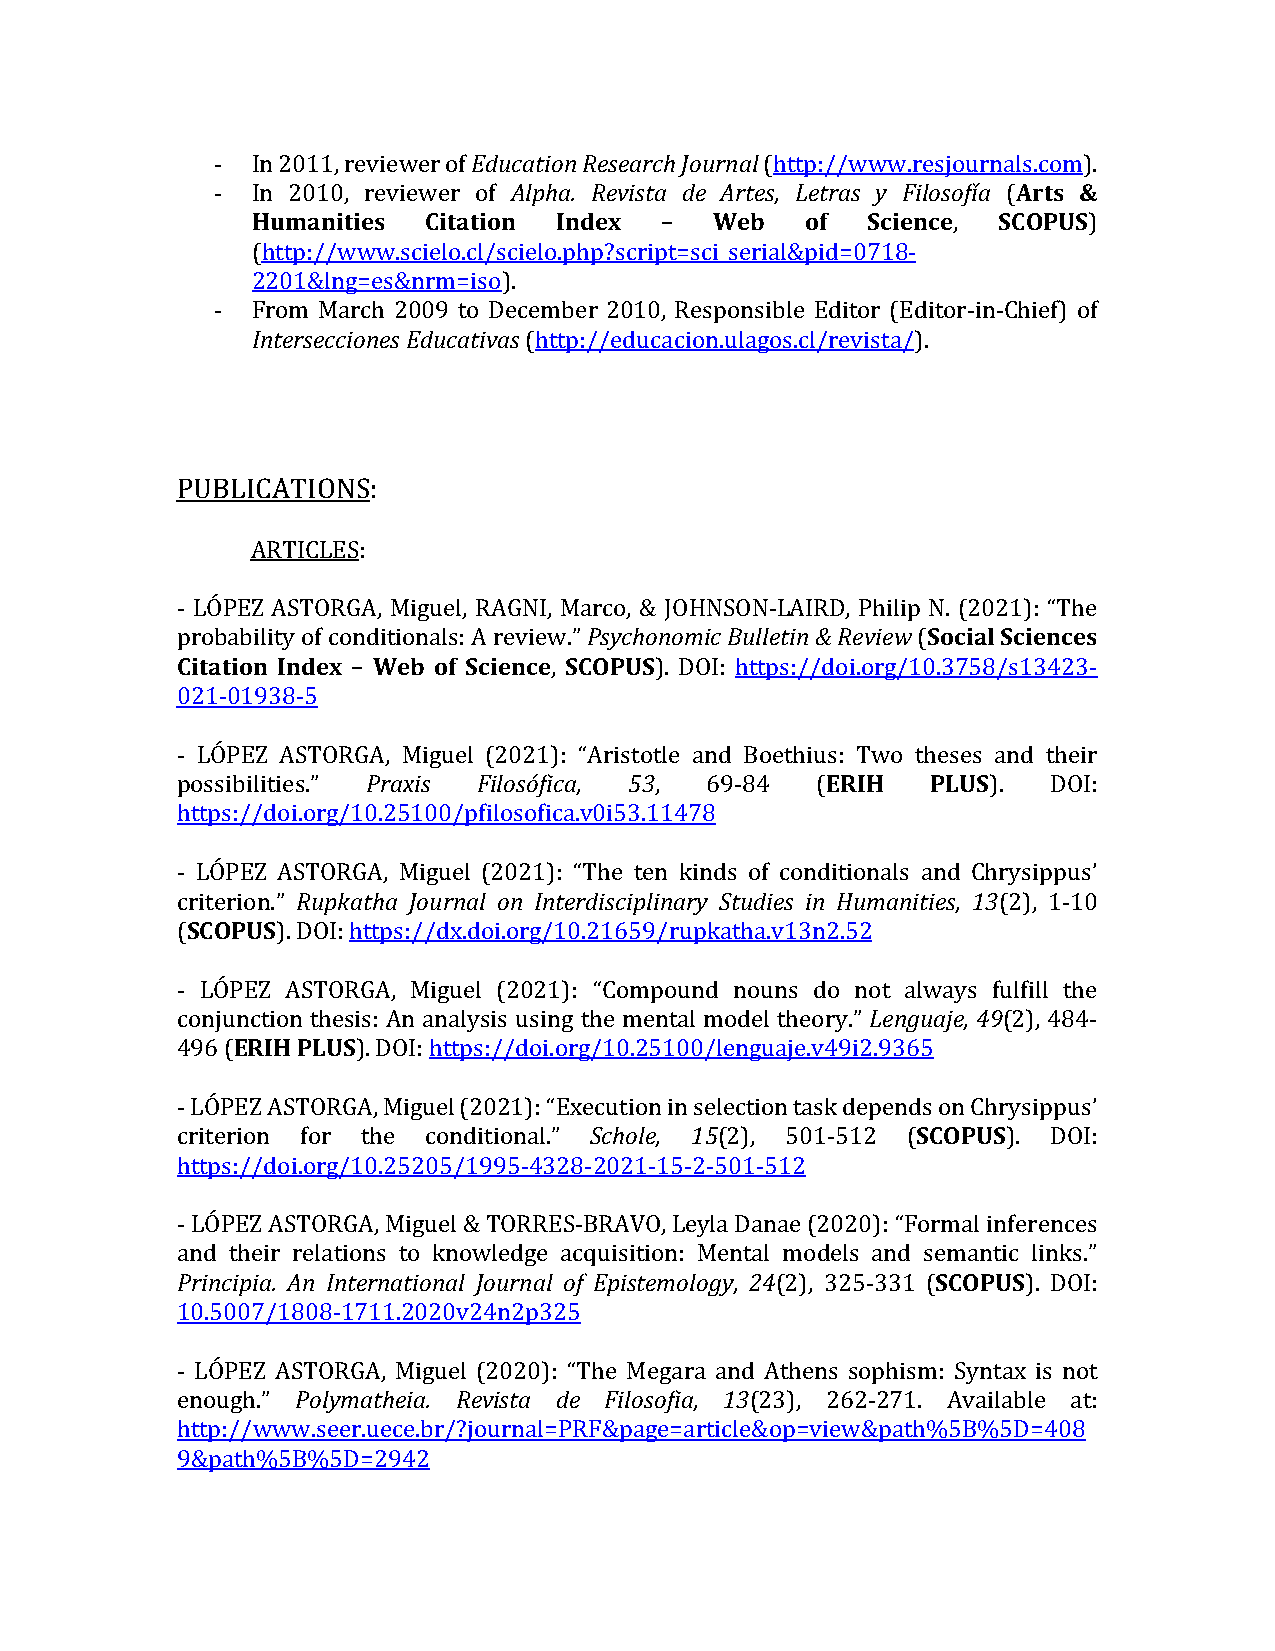
-  In 2011, reviewer of Education Research Journal (http://www.resjournals.com).
 -  In 2010, reviewer of Alpha. Revista de Artes, Letras y Filosofía (Arts &
 Humanities Citation Index  –  Web   of  Science, SCOPUS)
 (http://www.scielo.cl/scielo.php?script=sci_serial&pid=0718-
 2201&lng=es&nrm=iso).
 -  From March 2009 to December 2010, Responsible Editor (Editor-in-Chief) of
 Intersecciones Educativas (http://educacion.ulagos.cl/revista/).
 PUBLICATIONS:
 ARTICLES:
 - LÓPEZ ASTORGA, Miguel, RAGNI, Marco, & JOHNSON-LAIRD, Philip N. (2021): “The
 probability of conditionals: A review.” Psychonomic Bulletin & Review (Social Sciences
 Citation Index – Web of Science, SCOPUS). DOI: https://doi.org/10.3758/s13423-
 021-01938-5
 - LÓPEZ ASTORGA, Miguel (2021): “Aristotle and Boethius: Two theses and their
 possibilities.” Praxis Filosófica, 53, 69-84 (ERIH PLUS). DOI:
 https://doi.org/10.25100/pfilosofica.v0i53.11478
 - LÓPEZ ASTORGA, Miguel (2021): “The ten kinds of conditionals and Chrysippus’
 criterion.” Rupkatha Journal on Interdisciplinary Studies in Humanities, 13(2), 1-10
 (SCOPUS). DOI: https://dx.doi.org/10.21659/rupkatha.v13n2.52
 - LÓPEZ ASTORGA, Miguel (2021): “Compound nouns do not always fulfill the
 conjunction thesis: An analysis using the mental model theory.” Lenguaje, 49(2), 484-
 496 (ERIH PLUS). DOI: https://doi.org/10.25100/lenguaje.v49i2.9365
 - LÓPEZ ASTORGA, Miguel (2021): “Execution in selection task depends on Chrysippus’
 criterion for the conditional.” Schole, 15(2), 501-512 (SCOPUS). DOI:
 https://doi.org/10.25205/1995-4328-2021-15-2-501-512
 - LÓPEZ ASTORGA, Miguel & TORRES-BRAVO, Leyla Danae (2020): “Formal inferences
 and their relations to knowledge acquisition: Mental models and semantic links.”
 Principia. An International Journal of Epistemology, 24(2), 325-331 (SCOPUS). DOI:
 10.5007/1808-1711.2020v24n2p325
 - LÓPEZ ASTORGA, Miguel (2020): “The Megara and Athens sophism: Syntax is not
 enough.” Polymatheia. Revista de Filosofia, 13(23), 262-271. Available at:
 http://www.seer.uece.br/?journal=PRF&page=article&op=view&path%5B%5D=408
 9&path%5B%5D=2942